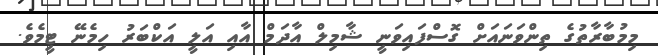
މިމުބާރާތުގެ ތިންވަނައަށް ގޮސްފައިވަނީ ޝާމިލް އާދަމް އާއި އަލީ އަކްބަރު ހިމެނޭ ޓީމެވެ.